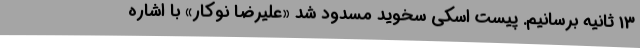
13 ثانیه برسانیم. پیست اسکی سخوید مسدود شد «علیرضا نوکار» با اشاره